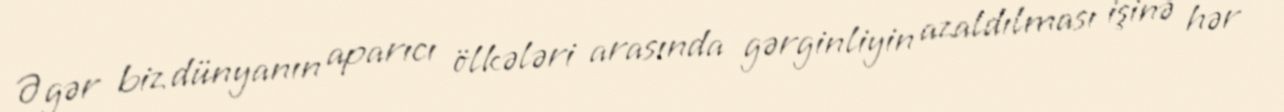
Əgər biz dünyanın aparıcı ölkələri arasında gərginliyin azaldılması işinə hər